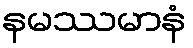
နမဿမာနံ